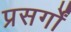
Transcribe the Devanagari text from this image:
प्रसर्गों